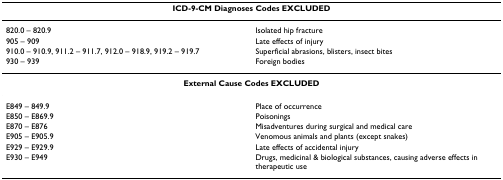
<table><thead><tr><td colspan="2"><b>ICD-9-CM Diagnoses Codes EXCLUDED</b></td></tr></thead><tbody><tr><td>820.0 – 820.9</td><td>Isolated hip fracture</td></tr><tr><td>905 – 909</td><td>Late effects of injury</td></tr><tr><td>910.0 – 910.9, 911.2 – 911.7, 912.0 – 918.9, 919.2 – 919.7</td><td>Superficial abrasions, blisters, insect bites</td></tr><tr><td>930 – 939</td><td>Foreign bodies</td></tr><tr><td colspan="2"><b>External Cause Codes EXCLUDED</b></td></tr><tr><td>E849 – 849.9</td><td>Place of occurrence</td></tr><tr><td>E850 – E869.9</td><td>Poisonings</td></tr><tr><td>E870 – E876</td><td>Misadventures during surgical and medical care</td></tr><tr><td>E905 – E905.9</td><td>Venomous animals and plants (except snakes)</td></tr><tr><td>E929 – E929.9</td><td>Late effects of accidental injury</td></tr><tr><td>E930 – E949</td><td>Drugs, medicinal &amp; biological substances, causing adverse effects in therapeutic use</td></tr></tbody></table>